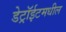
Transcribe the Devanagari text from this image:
डेट्रॉईटमधील